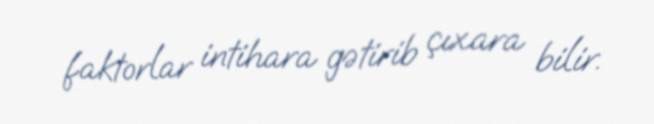
faktorlar intihara gətirib çıxara bilir.